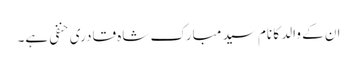
ان کے والد کا نام سید مبارک شاہ قادری حنفی ہے۔